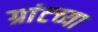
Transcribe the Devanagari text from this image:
ग्रांटच्या